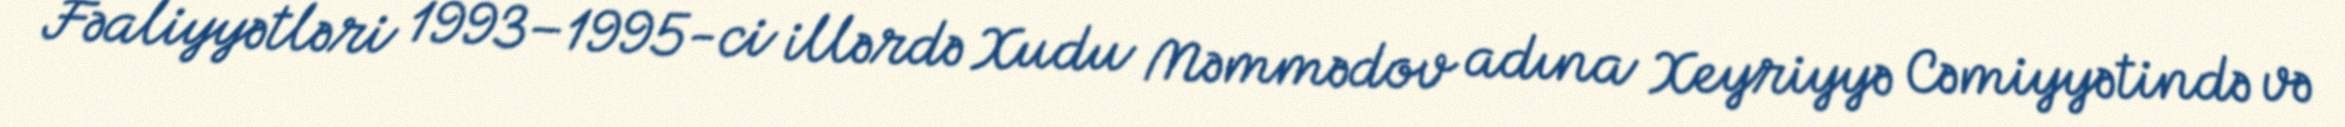
Fəaliyyətləri 1993–1995-ci illərdə Xudu Məmmədov adına Xeyriyyə Cəmiyyətində və